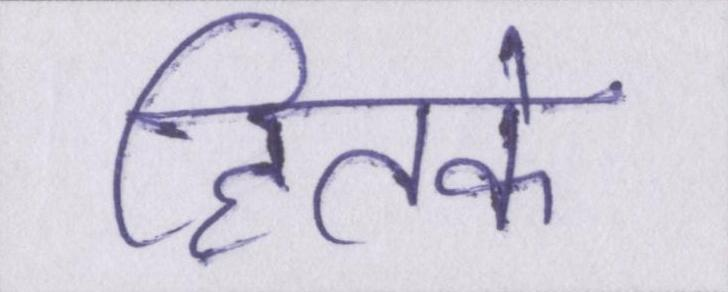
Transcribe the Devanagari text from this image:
हितके